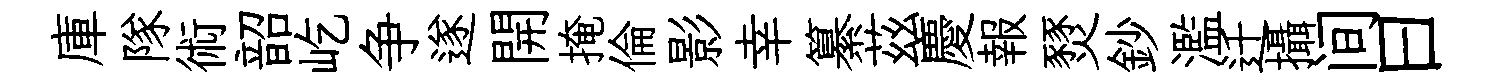
庫隊術韶屹争遂開掩倫影幸纂茲慶報燹鈔濫迁攝间曰